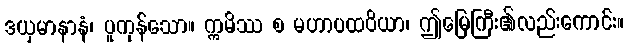
ဒယှမာနာနံ၊ ပူကုန်သော။ ဣမိဿ စ မဟာပထဝိယာ၊ ဤမြေကြီး၏လည်းကောင်း။